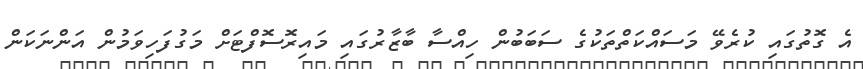
އެ ގޮތުގައި ކުރެވޭ މަސައްކަތްތަކުގެ ސަބަބުން ހިއްސާ ބާޒާރުގައި މައިރޮސޮފްޓަށް މަގުފަހިވަމުން އަންނަކަން